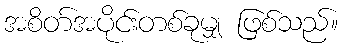
အစိတ်အပိုင်းတစ်ခုမျှ ဖြစ်သည်။